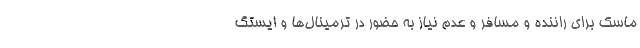
ماسک برای راننده و مسافر و عدم نیاز به حضور در ترمینال‌ها و ایستگ